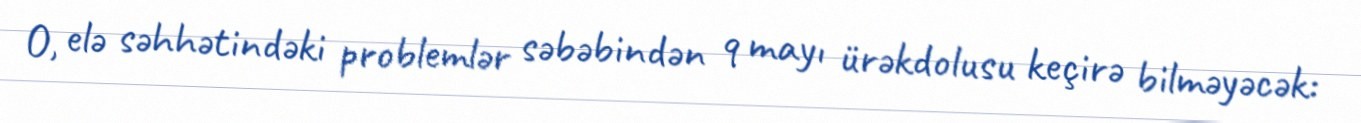
O, elə səhhətindəki problemlər səbəbindən 9 mayı ürəkdolusu keçirə bilməyəcək: